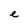
Character: e